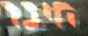
חיבר